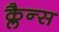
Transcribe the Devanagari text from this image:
क्लैन्स